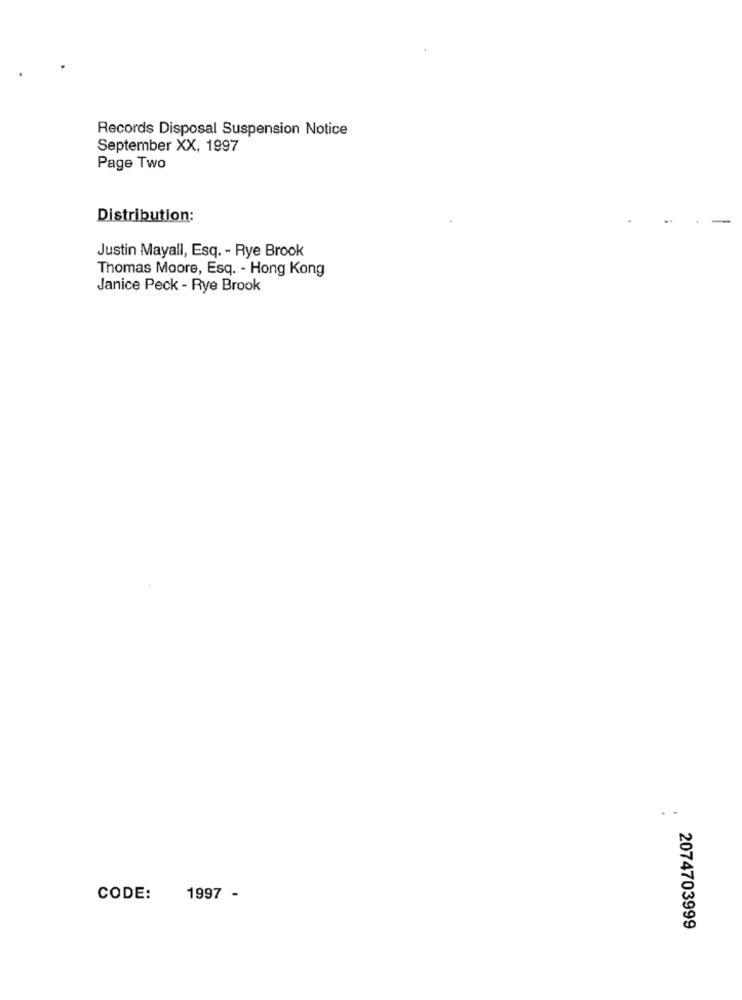
Records Disposal Suspension Notice
September XX, 1997
Page Two
Distribution:
Justin Mayall, Esq. - Rye Brook
Thomas Moore, Esq. - Hong Kong
Janice Peck - Rye Brook
.
CODE:
1997 -
2074703999